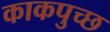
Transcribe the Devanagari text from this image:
काकपुच्छ